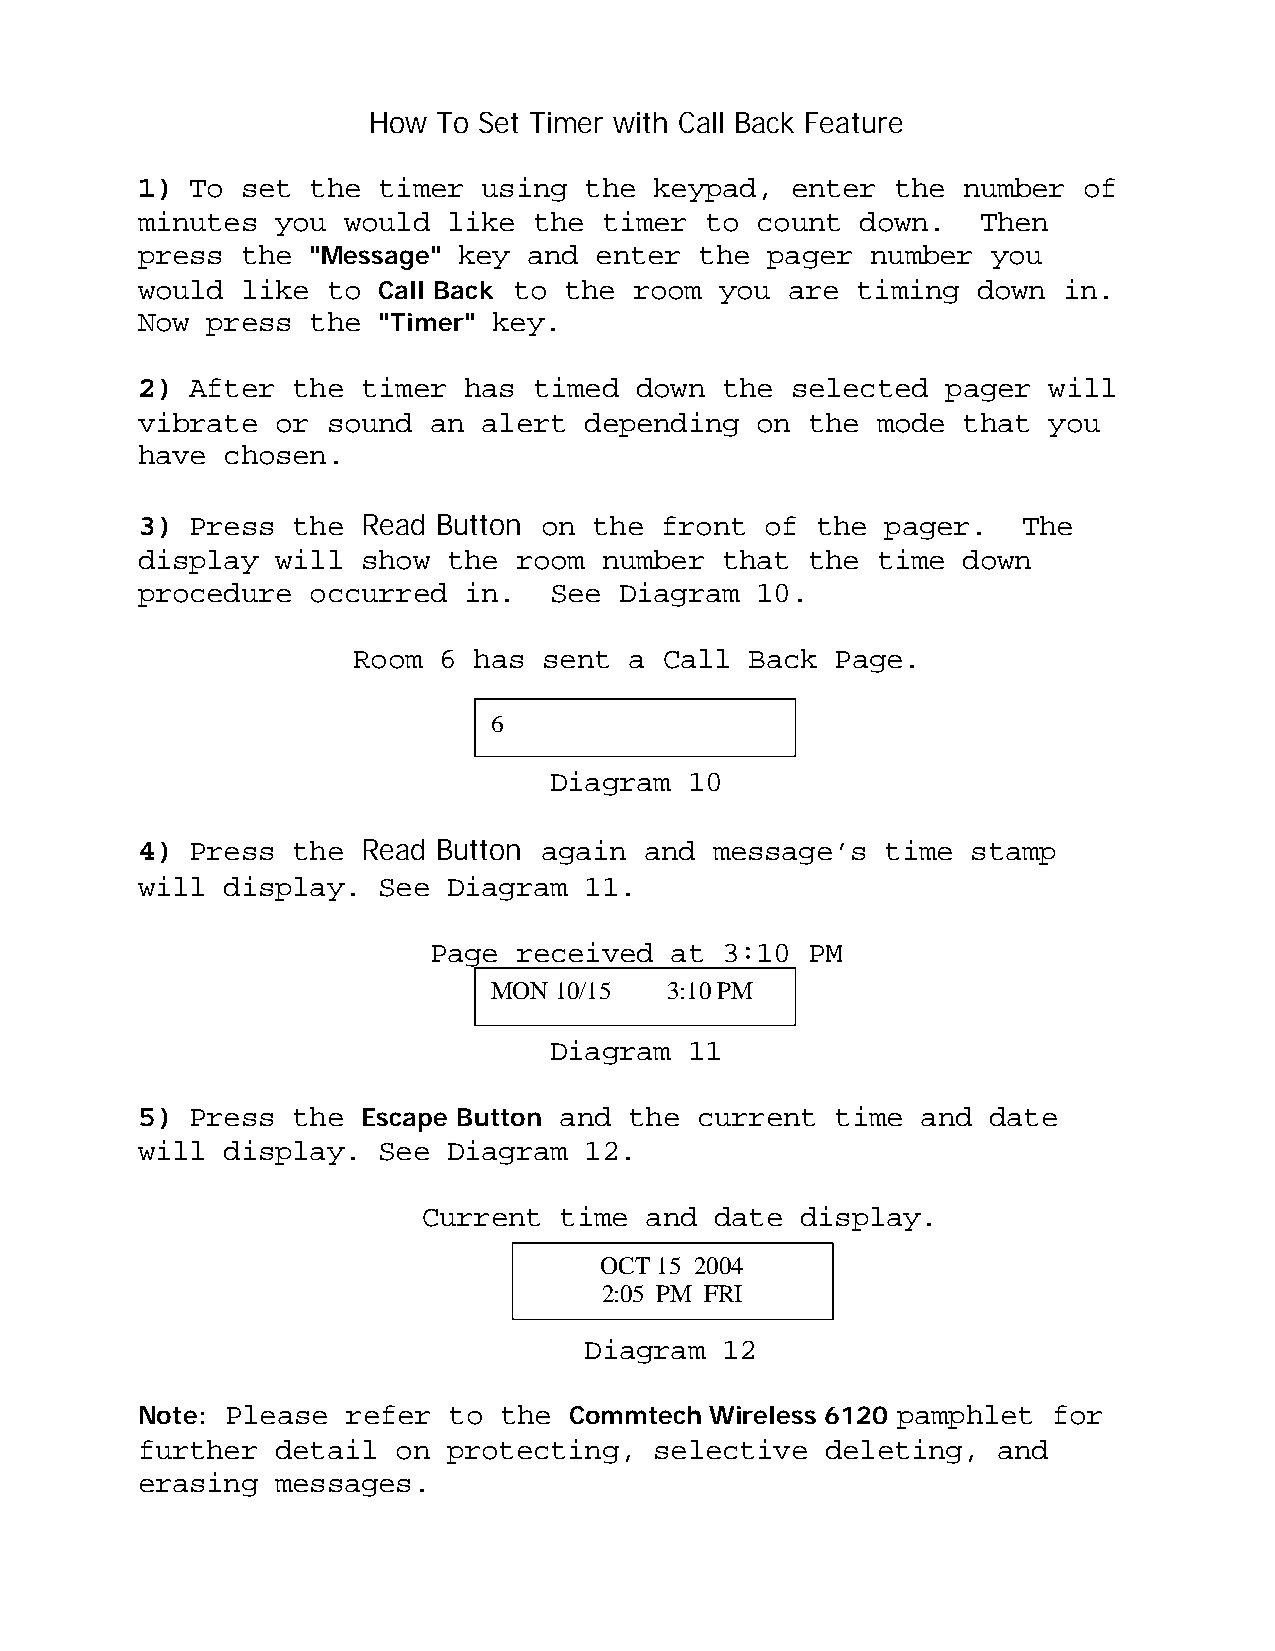
How  To Set Timer with Call Back Feature
 1)  To set the  timer  using  the keypad,  enter  the  number  of
 minutes  you  would  like the  timer  to count  down.   Then
 press  the "Message" key  and enter  the  pager  number  you
 would  like  to Call Back to the room  you are  timing  down in.
 Now  press the  "Timer" key.
 2)  After the  timer  has timed  down  the selected   pager will
 vibrate  or  sound an  alert  depending  on the  mode  that you
 have  chosen.
 3)  Press the  Read Button on the  front  of the  pager.   The
 display  will  show  the room  number  that the  time  down
 procedure  occurred   in.  See  Diagram  10.
 Room  6 has  sent  a Call  Back Page.
 6
 Diagram   10
 4)  Press the  Read Button again  and message’s   time stamp
 will  display.  See  Diagram  11.
 Page  received  at  3:10 PM
 MON  10/15  3:10 PM
 Diagram   11
 5)  Press the  Escape Button and the current  time  and date
 will  display.  See  Diagram  12.
 Current  time  and date  display.
 OCT 15 2004
 2:05 PM FRI
 Diagram  12
 Note: Please  refer  to the  Commtech Wireless 6120 pamphlet for
 further  detail  on  protecting,  selective   deleting,  and
 erasing  messages.